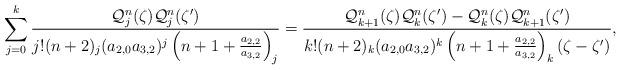
LaTeX: \begin{align*}\sum_{j=0}^k\frac{{\mathcal Q}_j^n(\zeta){\mathcal Q}_j^n(\zeta')}{j!(n+2)_j(a_{2,0}a_{3,2})^j\left(n+1+\frac{a_{2,2}}{a_{3,2}}\right)_j}=\frac{{\mathcal Q}_{k+1}^n(\zeta){\mathcal Q}_{k}^n(\zeta')-{\mathcal Q}_{k}^{n}(\zeta){\mathcal Q}_{k+1}^n(\zeta')}{k!(n+2)_k(a_{2,0}a_{3,2})^k\left(n+1+\frac{a_{2,2}}{a_{3,2}}\right)_k(\zeta-\zeta')},\end{align*}